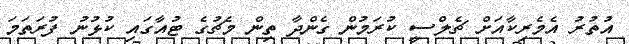
އުތުރު އެމެރިކާއަށް ޗެލްސީ ކުރަމުން ގެންދާ ތިން މެޗުގެ ޓުއާގައި ކުޅުނު ފުރަތަމަ